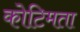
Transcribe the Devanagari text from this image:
कोटिमता